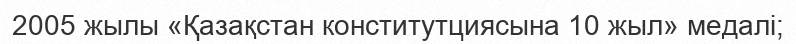
2005 жылы «Қазақстан конститутциясына 10 жыл» медалі;